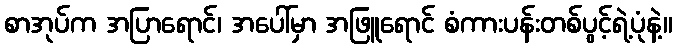
စာအုပ်က အပြာရောင်၊ အပေါ်မှာ အဖြူရောင် စံကားပန်းတစ်ပွင့်ရဲ့ပုံနဲ့။